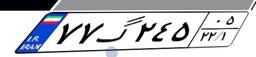
۷۷گ۲۴۵۰۵